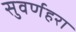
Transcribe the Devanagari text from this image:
सुवर्णहरा